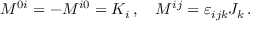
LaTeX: M ^ { 0 i } = - M ^ { i 0 } = K _ { i } \, , \quad M ^ { i j } = \varepsilon _ { i j k } J _ { k } \, .